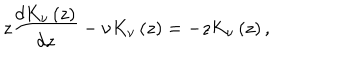
z \frac { d K _ { \nu } \left( z \right) } { d z } - \nu K _ { \nu } \left( z \right) = - z K _ { \nu } \left( z \right) ,